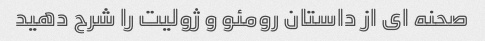
صحنه ای از داستان رومئو و ژولیت را شرح دهید